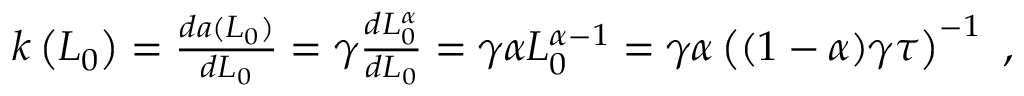
\begin{array} { r } { k \left( L _ { 0 } \right) = \frac { d a ( L _ { 0 } ) } { d L _ { 0 } } = \gamma \frac { d L _ { 0 } ^ { \alpha } } { d L _ { 0 } } = \gamma \alpha L _ { 0 } ^ { \alpha - 1 } = \gamma \alpha \left( ( 1 - \alpha ) \gamma \tau \right) ^ { - 1 } \ , } \end{array}